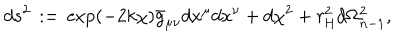
d s ^ { 2 } \, : = \, \exp \left( - 2 k \chi \right) \bar { g } _ { \mu \nu } d x ^ { \mu } d x ^ { \nu } + d \chi ^ { 2 } + r _ { \mathrm { H } } ^ { 2 } d \Omega _ { n - 1 } ^ { 2 } ,